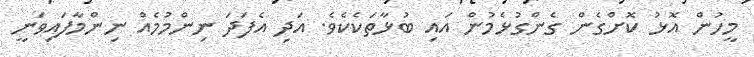
މީހުން އޮޅު ކޮށްގެން ގެންގުޅެމުން އައި ބުޅާތަކެކެވެ. އަދި އެފަދަ ނިންމުމެއް ނިންމާފައިވަނީ